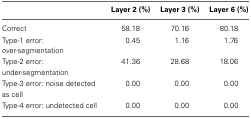
|  | Layer 2 (%) | Layer 3 (%) | Layer 6 (%) |
 | --- | --- | --- | --- |
 | Correct | 58.18 | 70.16 | 80.18 |
 | Type-1 error: over-segmentation | 0.45 | 1.16 | 1.76 |
 | Type-2 error: under-segmentation | 41.36 | 28.68 | 18.06 |
 | Type-3 error: noise detected as cell | 0.00 | 0.00 | 0.00 |
 | Type-4 error: undetected cell | 0.00 | 0.00 | 0.00 |